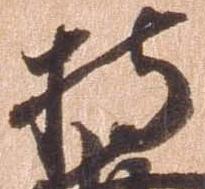
持